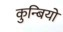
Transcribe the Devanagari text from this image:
कुन्बियों